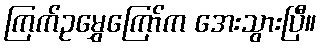
ကြက်ဥမွှေကြော်က အေးသွားပြီ။